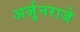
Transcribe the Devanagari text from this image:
अर्जुनराजे